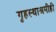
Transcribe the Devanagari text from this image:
गृहस्थाश्रमीही